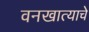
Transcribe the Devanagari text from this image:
वनखात्याचे